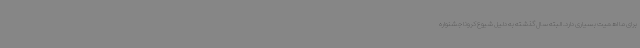
برای ما اهمیت بسیاری دارد. البته سال گذشته به دلیل شیوع کرونا جشنواره